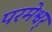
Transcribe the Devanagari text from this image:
परमेश्वर्